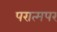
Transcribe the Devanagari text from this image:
परात्मपर